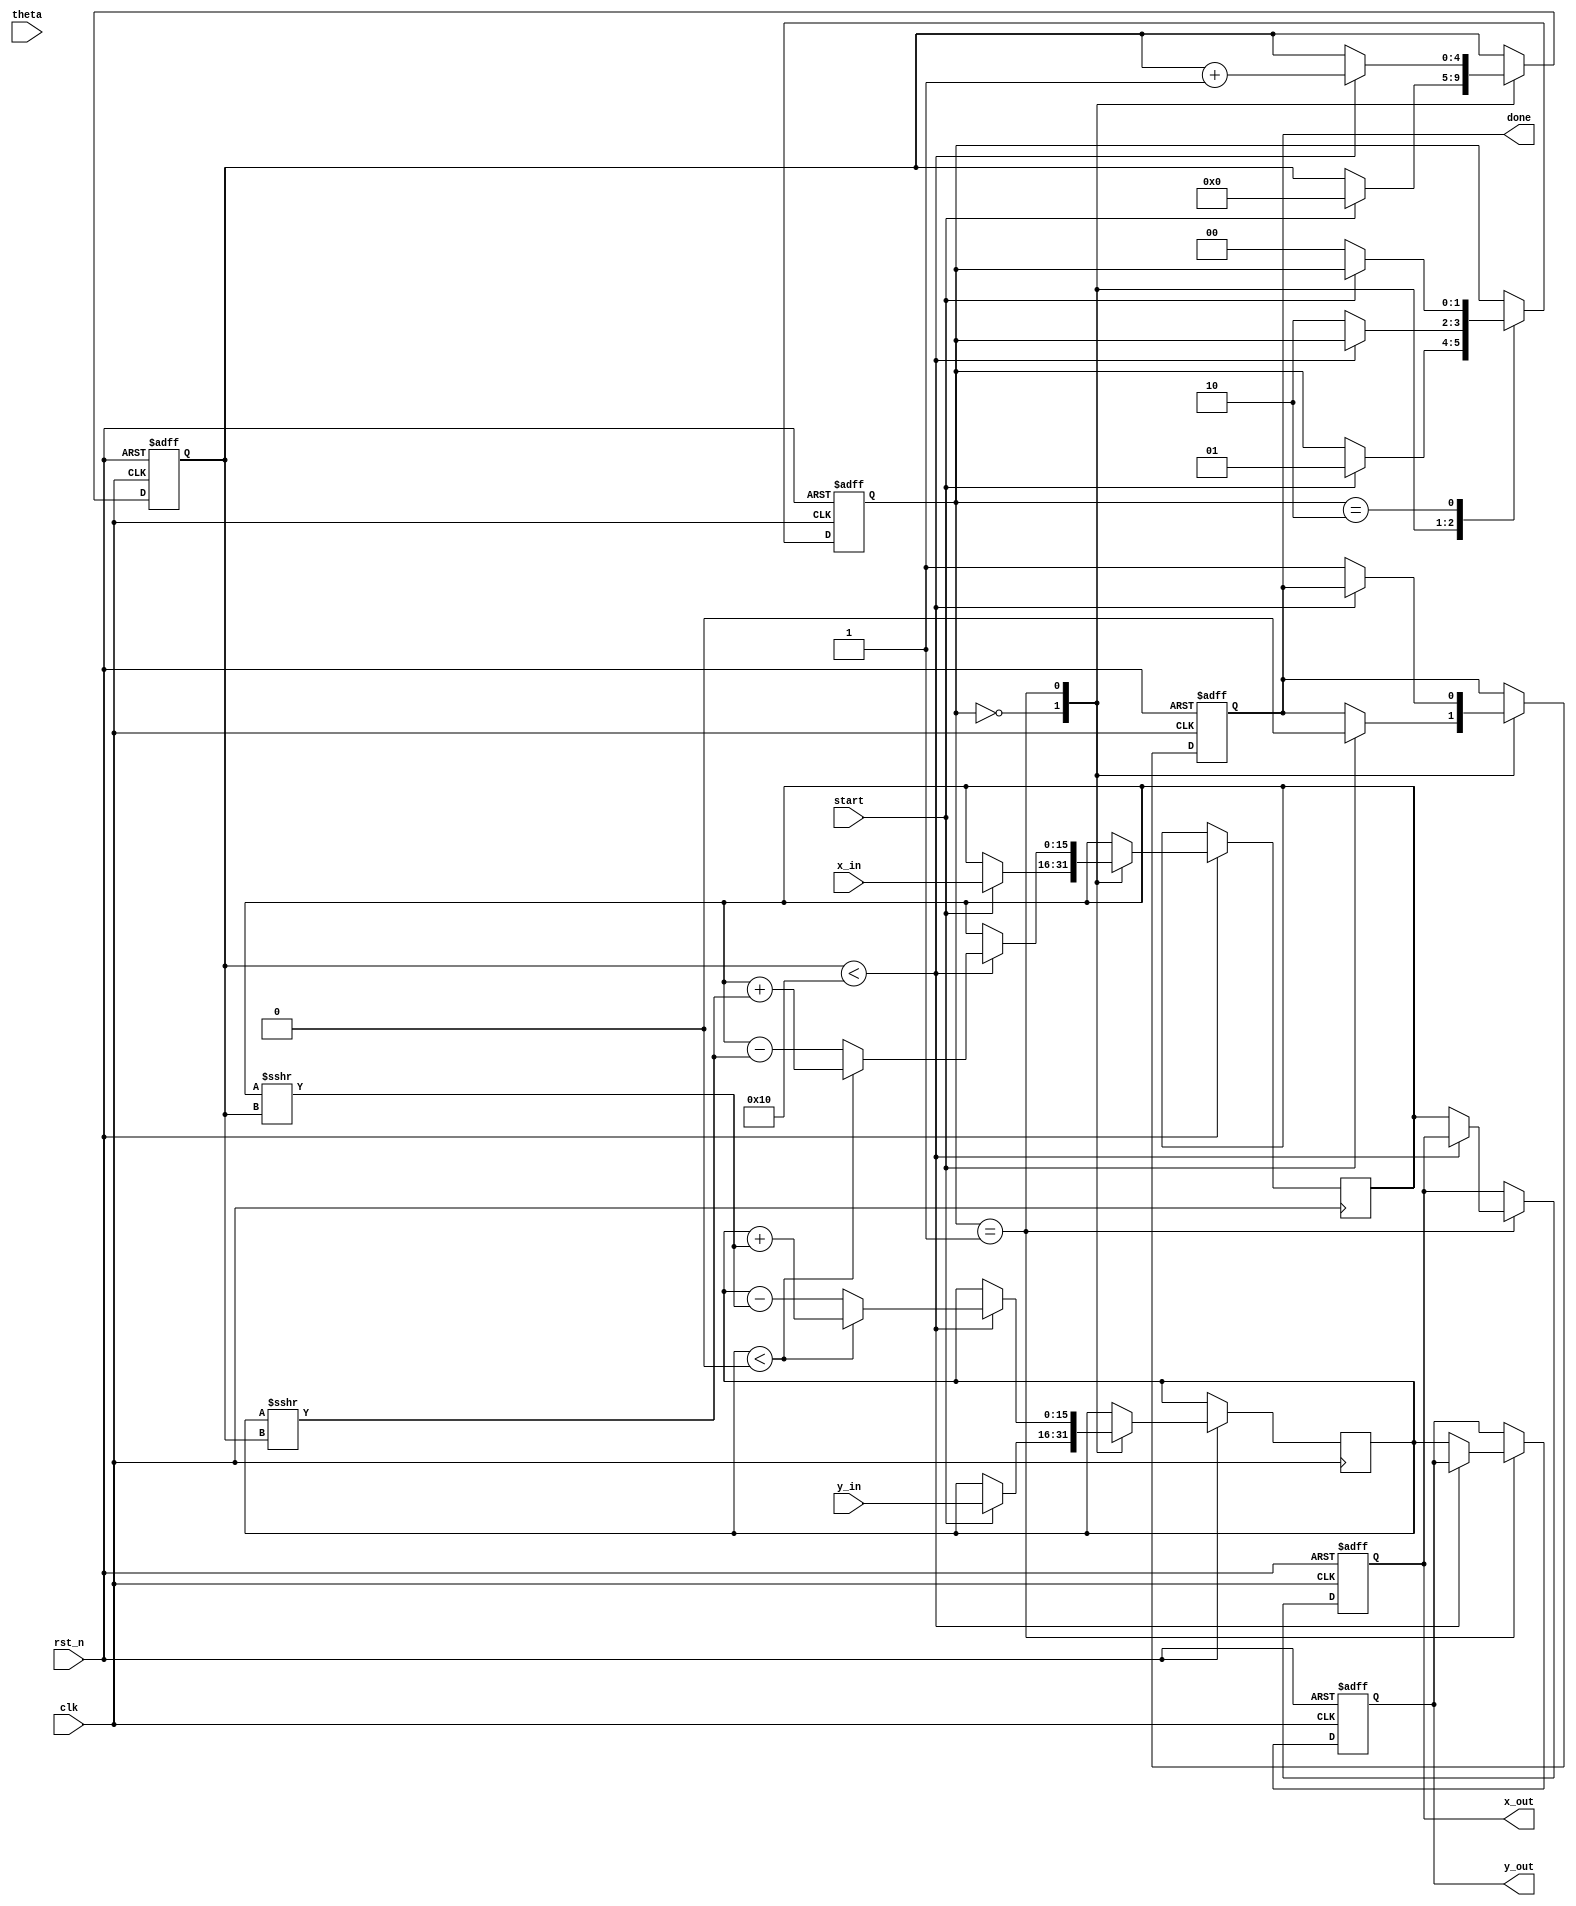
module Adaptive_CORDIC (
    input clk,
    input rst_n,
    input [15:0] x_in, // Input x
    input [15:0] y_in, // Input y
    input [15:0] theta, // Rotation angle in fixed-point
    input start, // Start signal
    output reg [15:0] x_out, // Output x'
    output reg [15:0] y_out, // Output y'
    output reg done // Done signal
);

    // CORDIC parameters
    parameter NUM_ITERATIONS = 16; // Number of iterations
    reg [15:0] angles [0:NUM_ITERATIONS-1]; // Lookup table for arctan(2^-i)
    initial begin
        angles[0] = 16'h3FFF; // atan(1) = /4
        angles[1] = 16'h1FF9; // atan(1/2) = /8
        angles[2] = 16'h0FFC; // atan(1/4) = /16
        // Add more angles as needed
    end

    reg [15:0] x_reg, y_reg;
    reg [4:0] iteration_count;
    reg [1:0] state; // 0: idle, 1: processing, 2: done
    
    always @(posedge clk or negedge rst_n) begin
        if (!rst_n) begin
            x_out <= 16'd0;
            y_out <= 16'd0;
            done <= 0;
            state <= 0;
            iteration_count <= 0;
        end else begin
            case (state)
                0: begin // Idle state
                    if (start) begin
                        x_reg <= x_in;
                        y_reg <= y_in;
                        iteration_count <= 0;
                        done <= 0;
                        state <= 1; // Move to processing
                    end
                end

                1: begin // Processing state
                    if (iteration_count < NUM_ITERATIONS) begin
                        if (y_reg < 0) begin
                            // Rotate clockwise
                            x_reg <= x_reg + (y_reg >>> iteration_count);
                            y_reg <= y_reg + (x_reg >>> iteration_count);
                        end else begin
                            // Rotate counter-clockwise
                            x_reg <= x_reg - (y_reg >>> iteration_count);
                            y_reg <= y_reg - (x_reg >>> iteration_count);
                        end
                        iteration_count <= iteration_count + 1;
                    end else begin
                        // Finalize output
                        x_out <= x_reg;
                        y_out <= y_reg;
                        done <= 1;
                        state <= 2; // Move to done state
                    end
                end

                2: begin // Done state
                    if (!start) begin
                        state <= 0; // Go back to idle
                    end
                end
            endcase
        end
    end

endmodule